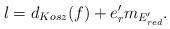
LaTeX: \begin{align*}l=d_{Kosz} (f) +e'_r m_{E'_{red}}.\end{align*}